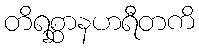
တိရစ္ဆာနဟရီတကိ